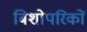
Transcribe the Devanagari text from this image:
बिशोपरिकों